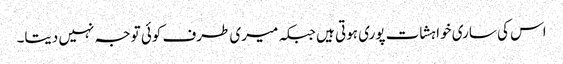
اس کی ساری خواہشات پوری ہوتی ہیں جبکہ میری طرف کوئی توجہ نہیں دیتا۔